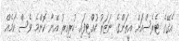
އެގޭގެ ޓެރެސްއަށް އީތަންގެ ނަޒަރު ހުއްޓިފައި ހުރިއިރު އޭނާ ކޮންމެ ވެސް ކަމެއް